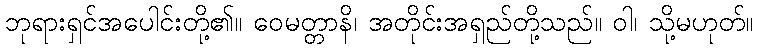
ဘုရားရှင်အပေါင်းတို့၏။ ဝေမတ္တာနိ၊ အတိုင်းအရှည်တို့သည်။ ဝါ၊ သို့မဟုတ်။